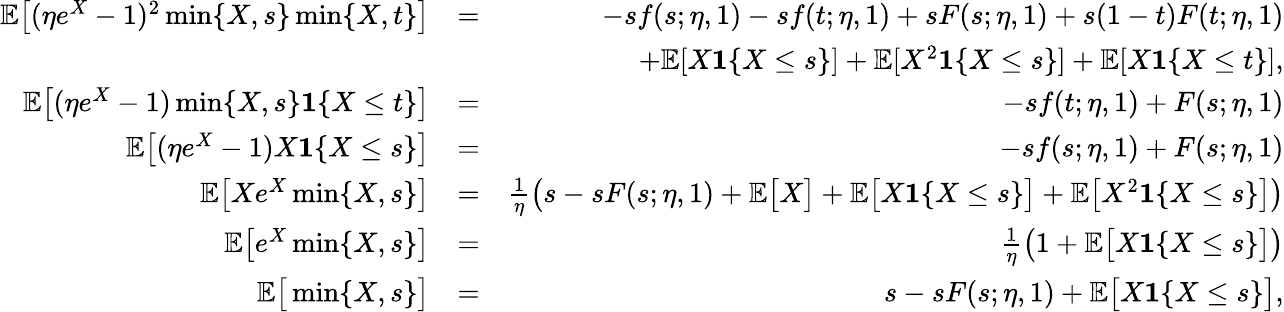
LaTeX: \begin{array}{rlr}{\mathbb{E}\big[(\eta e^{X}-1)^{2}\operatorname*{min}\{ X,s\} \operatorname*{min}\{ X,t\} \big]}&{=}&{-sf(s;\eta,1)-sf(t;\eta,1)+sF(s;\eta,1)+s(1-t)F(t;\eta,1)}\\ &{}&{+\mathbb{E}[X\mathbf{1}\{ X\leq s\} ]+\mathbb{E}[X^{2}\mathbf{1}\{ X\leq s\} ]+\mathbb{E}[X\mathbf{1}\{ X\leq t\} ],}\\ {\mathbb{E}\big[(\eta e^{X}-1)\operatorname*{min}\{ X,s\} \mathbf{1}\{ X\leq t\} \big]}&{=}&{-sf(t;\eta,1)+F(s;\eta,1)}\\ {\mathbb{E}\big[(\eta e^{X}-1)X\mathbf{1}\{ X\leq s\} \big]}&{=}&{-sf(s;\eta,1)+F(s;\eta,1)}\\ {\mathbb{E}\big[Xe^{X}\operatorname*{min}\{ X,s\} \big]}&{=}&{\frac{1}{\eta}\big(s-sF(s;\eta,1)+\mathbb{E}\big[X\big]+\mathbb{E}\big[X\mathbf{1}\{ X\leq s\} \big]+\mathbb{E}\big[X^{2}\mathbf{1}\{ X\leq s\} \big]\big)}\\ {\mathbb{E}\big[e^{X}\operatorname*{min}\{ X,s\} \big]}&{=}&{\frac{1}{\eta}\big(1+\mathbb{E}\big[X\mathbf{1}\{ X\leq s\} \big]\big)}\\ {\mathbb{E}\big[\operatorname*{min}\{ X,s\} \big]}&{=}&{s-sF(s;\eta,1)+\mathbb{E}\big[X\mathbf{1}\{ X\leq s\} \big],}\end{array}